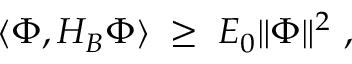
\langle \Phi , H _ { B } \Phi \rangle \; \geq \; E _ { 0 } \Vert \Phi \Vert ^ { 2 } \ ,